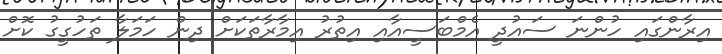
އިރާންގައި ހުންނަ ސައުދީ އެމްބަސީއާއި އިތުރު އިމާރާތަކަށް ދިން ހަމަލާ ތަހުގީގު ކޮށް